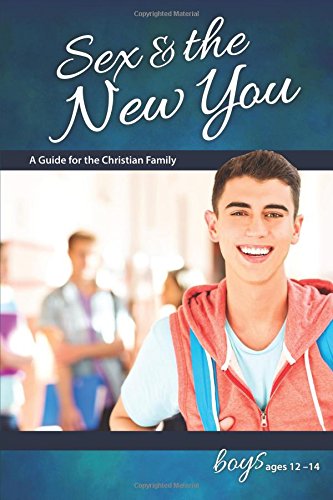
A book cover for Sex & the New You: For Boys Ages 12-14 - Learning About Sex; Rich Bilmer; Christian Books & Bibles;